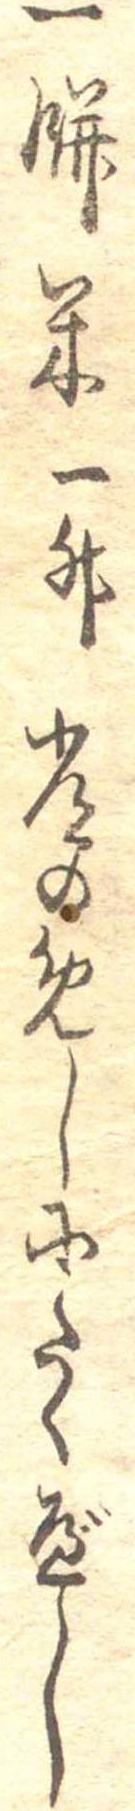
一餅米一升常のめしにたくべし